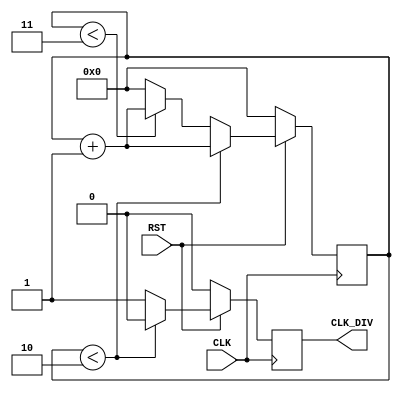
`timescale 1ns/10ps

module CLK_DIVIDER (
	input wire CLK,
	input wire RST,

	output reg CLK_DIV
);
	parameter N = 4;
	
	reg [19:0] CNT;

	always@(posedge CLK) begin
		if (!RST) begin
			CLK_DIV <= 1'b0;
			CNT <= 20'b0; 
		end			
		else begin
			if (CNT < N / 2) begin
				CLK_DIV <= 1'b0;
				CNT <= CNT + 1'b1;
			end
			else if (CNT < N - 1) begin
				CLK_DIV <= 1'b1;
				CNT <= CNT + 1'b1;
			end
			else begin
				CLK_DIV <= 1'b1;
				CNT <= 20'b0;
			end
		end
	end
		
endmodule